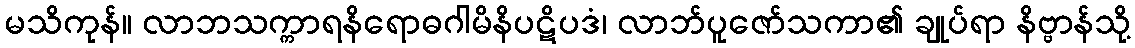
မသိကုန်။ လာဘသက္ကာရနိရောဓဂါမိနိပဋိပဒံ၊ လာဘ်ပူဇော်သကာ၏ ချုပ်ရာ နိဗ္ဗာန်သို့